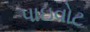
પાઇવોટ